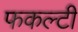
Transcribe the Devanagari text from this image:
फकल्टी